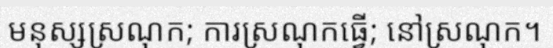
មនុស្សស្រណុក; ការស្រណុកធ្វើ; នៅស្រណុក។